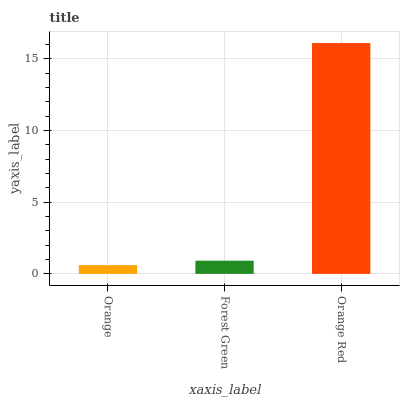
| xaxis_label | bars |
 | --- | --- |
 | Orange | 0.61 |
 | Forest Green | 0.921 |
 | Orange Red | 16.1 |